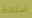
أستاذة